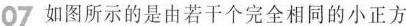
07 如图所示的是由若干个完全相同的小正方